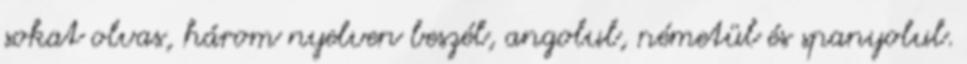
sokat olvas, három nyelven beszél, angolul, németül és spanyolul.